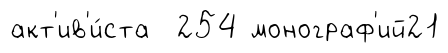
акт'ив'и́ста 254 монограф'ий21